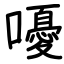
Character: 嚘